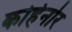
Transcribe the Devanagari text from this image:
कोहेनोर